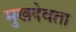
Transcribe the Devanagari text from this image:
मुखदेवता